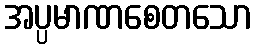
အပ္ပမာဏစေတသော